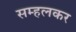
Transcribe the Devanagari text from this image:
सम्हलकर